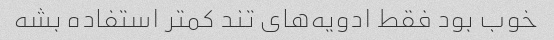
خوب بود فقط ادویه‌های تند کمتر استفاده بشه